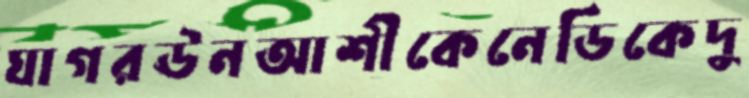
ঘাগরঊনআশীকেনেডিকেদু